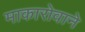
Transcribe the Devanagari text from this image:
माकारोवाने